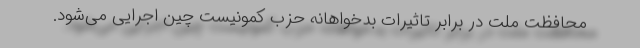
محافظت ملت در برابر تاثیرات بدخواهانه حزب کمونیست چین اجرایی می‌شود.